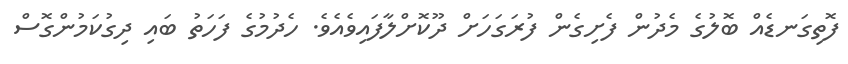
ފޮތިގަނޑެއް ބޮލުގެ މެދުން ފެށިގެން ފުރަގަހަށް ދޫކޮށްލާފައިވެއެވެ. ހެދުމުގެ ފަހަތު ބައި ދިގުކަމުންގޮސް